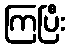
ကြပြီး